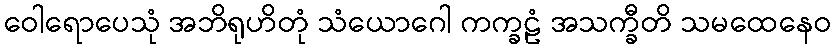
ဝေါရောပေသုံ အဘိရုဟိတုံ သံယောဂေါ ကက္ခဠံ အသက္ခီတိ သမထေနေဝ